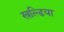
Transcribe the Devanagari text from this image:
खल्डिया